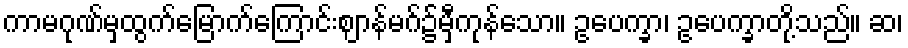
ကာမဂုဏ်မှထွက်မြောက်ကြောင်းဈာန်မဂ်၌မှီကုန်သော။ ဥပေက္ခာ၊ ဥပေက္ခာတို့သည်။ ဆ၊